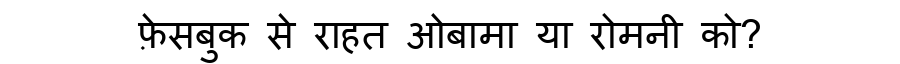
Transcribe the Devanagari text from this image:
फ़ेसबुक से राहत ओबामा या रोमनी को?